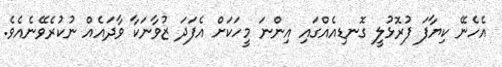
އެހެނޭ ކިޔާފަ ފުރޮޅުލީ ގޮނޑިއެއްގައި އިންނަ މީހަކަށް އެފަދަ ޒުވާނަކާ ވާދައެއް ނުކުރެވޭނެއެވެ.